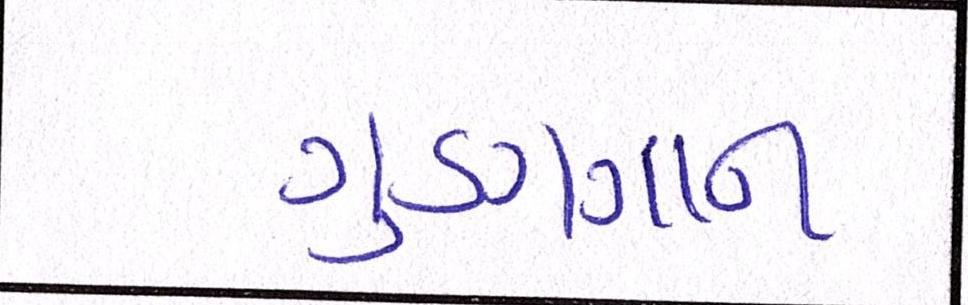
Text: ગુણગાન